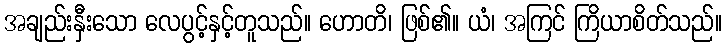
အချည်းနှီးသော လေပွင့်နှင့်တူသည်။ ဟောတိ၊ ဖြစ်၏။ ယံ၊ အကြင် ကြိယာစိတ်သည်။